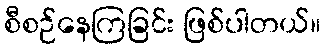
စီစဉ်နေကြခြင်း ဖြစ်ပါတယ်။